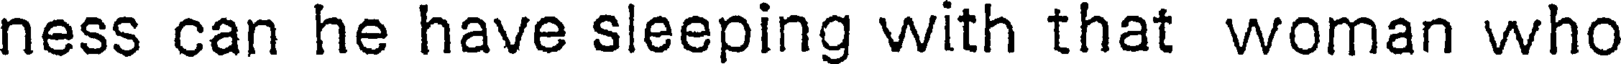
ness can he have sleeping with that woman who